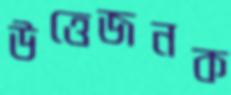
উত্তেজনক